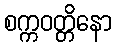
စက္ကဝတ္တိနော